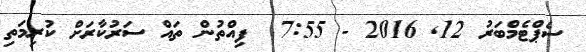
ސެޕްޓެމްބަރު 12